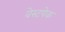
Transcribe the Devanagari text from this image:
वेस्टपेक